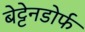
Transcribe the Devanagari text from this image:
बेट्टेनडोर्फ